Annual administration and progress report of the Indian Medical Department, Bombay
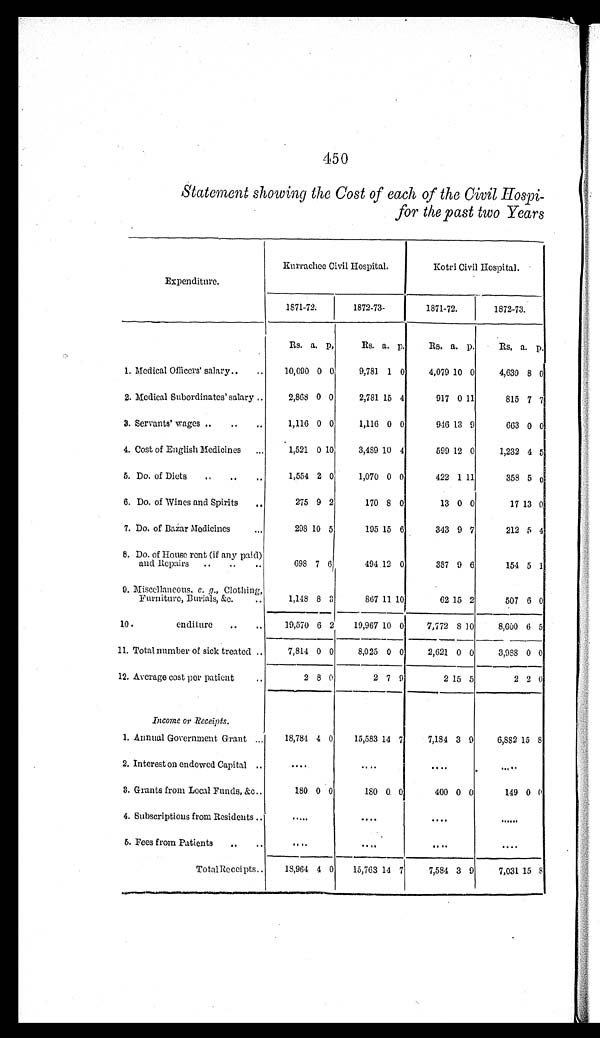
450
Statement showing the Cost of each of the Civil Hospi
-for the past two Years
Expenditure.
Kurrachee Civil Hospital.
Kotri Civil Hospital.
1871-72.
1872-73.
1871-72.
1872-73.
Rs. a. p.
Rs. a. p.
Rs. a.
p.
Rs. a. p.
1. Medical Officers' salary . . .
10,090 0 0
9,781 1 0
4,079 10 0
4,639 8 0
2. Medical Subordinates' salary . . .
2,868 0 0
2,781 15 4
917 0 11
815 7 7
3. Servants' wages . . .
1,116 0 0
1,116 0 0
946 13 9
663 0 0
4. Cost of English Medicines . . .
1,521 0 10
3,489 10 4
599 12 0
1,232 4 5
5. Do. of Diets . . .
1,554 2 0
1,070 0 0
422 1 11
358 5 0
6. Do. of Wines and Spirits . . .
275 9 2
170 8 0
13 0 0
17 13 0
7. Do. of Bazar Medicines . . .
298 10 5
195 15 6
343 9 7
212 5 4
8. Do. of House rent (if any paid)
and Repairs . . .
698 7 6
494 12 0
387 9 6
154 5 1
9. Miscellaneous, e. g., Clothing,
Furniture, Burials, &c. . . .
1,148 8
3
867 11 10
62 15 2
507 6 0
10. enditure . . .
19,570 6 2
19,967 10 0
7,772 8 10
8,600 6 5
11. Total number of sick treated . . .
7,814 0 0
8,025 0 0
2,621 0 0
3,988 0 0
12. Average cost per patient . . .
2 8
0
2 7 9
2 15 5
2 2 0
Income or Receipts.
1. Annual Government Grant . . .
18,784 4 0
15,583 14 7
7,184 3 9
6,882 15 8
2. Interest on endowed Capital . . .
. . .
. . .
. . .
. . .
3. Grants from Local Funds, &c. . . .
180 0 0
180 0 0
400 0 0
149 0 0
4. Subscriptions from Residents . . .
. . .
. . .
. . .
. . .
5. Fees from Patients . . .
. . .
. . .
. . .
. . .
Total Receipts . . .
18,964 4 0
15,763 14 7
7,584 3 9
7,031 15 8